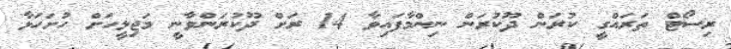
ރިސޯޓް ތަރައްގީ ކުރަން ދޫކުރަން ނިންމާފައިވާ 14 ރަށް ދޫކުރަންވާނީ މަޖިލީހަށް ހުށަހަޅާ